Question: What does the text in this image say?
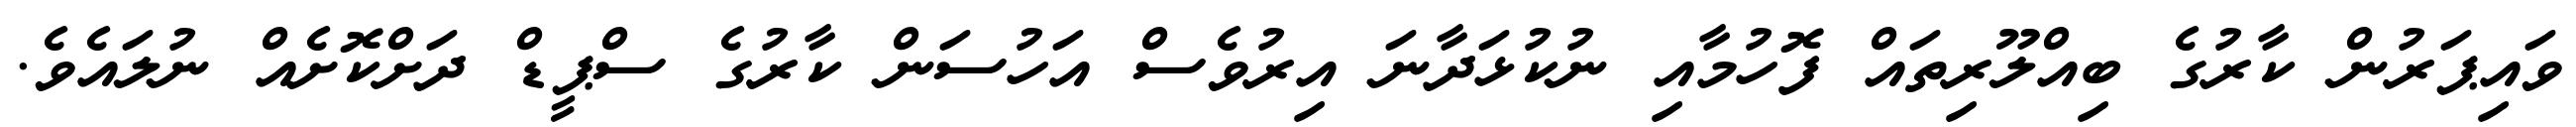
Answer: ވައިޕަރުން ކާރުގެ ބިއްލޫރިތައް ފޮހުމާއި ނުކުޅަދާނަ އިރުވެސް އަހުސަން ކާރުގެ ސްޕީޑް ދަށްކޮށެއް ނުލައެވެ.